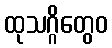
ထုသဂ္ဂိတွေဝ